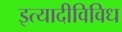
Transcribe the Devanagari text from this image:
इत्यादीविविध